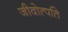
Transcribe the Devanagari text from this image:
जीवोत्पति